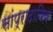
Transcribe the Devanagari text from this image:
सांप्रादायिक